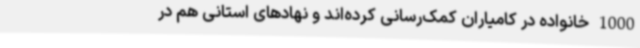
1000 خانواده در کامیاران کمک‌رسانی کرده‌اند و نهادهای استانی هم در